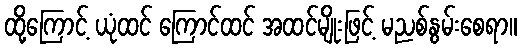
ထို့ကြောင့် ယုံထင် ကြောင်ထင် အထင်မျိုးဖြင့် မညစ်နွမ်းစေရာ။